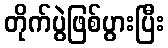
တိုက်ပွဲဖြစ်ပွားပြီး